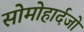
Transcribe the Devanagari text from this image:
सोमोहार्दजो